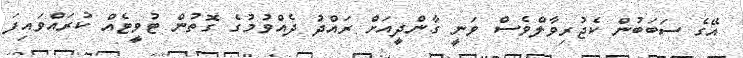
އޭގެ ސަބަބުން ކެޖުރިވާލްވެސް ވަނީ ގާންދީއަށް ރައްދު ދެއްވުމުގެ ގޮތުން ޓުވީޓެއް ކުރައްވައިފަ